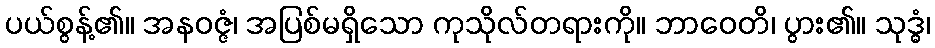
ပယ်စွန့်၏။ အနဝဇ္ဇံ၊ အပြစ်မရှိသော ကုသိုလ်တရားကို။ ဘာဝေတိ၊ ပွား၏။ သုဒ္ဓံ၊